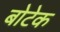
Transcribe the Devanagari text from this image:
बोटेक